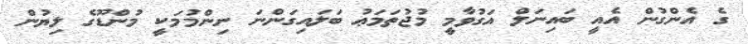
ގެ އެންގުން އެއީ ބައިނަލް އަގުވާމީ މުޖުތަމަޢު ބަލައިގަންނަ ނިންމުމަކީ މުންޑޫގެ ލިޔުން